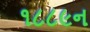
૧૮૮૯ન